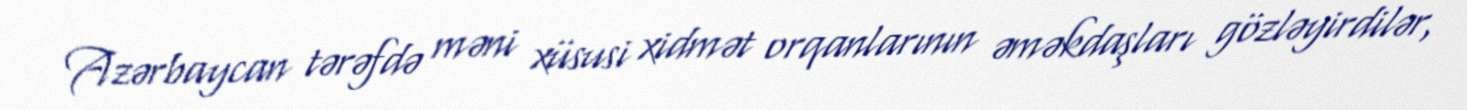
Azərbaycan tərəfdə məni xüsusi xidmət orqanlarının əməkdaşları gözləyirdilər,